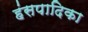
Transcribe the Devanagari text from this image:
हंसपादिका